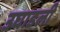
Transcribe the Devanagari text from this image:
उघाडली